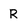
Character: R